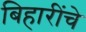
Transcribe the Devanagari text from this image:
बिहारींचे